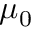
\mu _ { 0 }